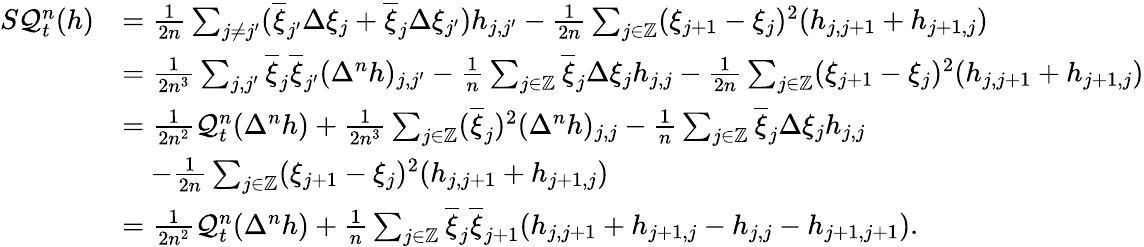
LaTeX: \begin{array}{rl}{S\mathcal{Q}_{t}^{n}(h)}&{=\frac{1}{2n}\sum_{j\neq j^{\prime}}(\overline{{\xi}}_{j^{\prime}}\Delta\xi_{j}+\overline{{\xi}}_{j}\Delta\xi_{j^{\prime}})h_{j,j^{\prime}}-\frac{1}{2n}\sum_{j\in\mathbb{Z}}(\xi_{j+1}-\xi_{j})^{2}(h_{j,j+1}+h_{j+1,j})}\\ &{=\frac{1}{2n^{3}}\sum_{j,j^{\prime}}\overline{{\xi}}_{j}\overline{{\xi}}_{j^{\prime}}(\Delta^{n}h)_{j,j^{\prime}}-\frac{1}{n}\sum_{j\in\mathbb{Z}}\overline{{\xi}}_{j}\Delta\xi_{j}h_{j,j}-\frac{1}{2n}\sum_{j\in\mathbb{Z}}(\xi_{j+1}-\xi_{j})^{2}(h_{j,j+1}+h_{j+1,j})}\\ &{=\frac{1}{2n^{2}}\mathcal{Q}_{t}^{n}(\Delta^{n}h)+\frac{1}{2n^{3}}\sum_{j\in\mathbb{Z}}(\overline{{\xi}}_{j})^{2}(\Delta^{n}h)_{j,j}-\frac{1}{n}\sum_{j\in\mathbb{Z}}\overline{{\xi}}_{j}\Delta\xi_{j}h_{j,j}}\\ &{\quad-\frac{1}{2n}\sum_{j\in\mathbb{Z}}(\xi_{j+1}-\xi_{j})^{2}(h_{j,j+1}+h_{j+1,j})}\\ &{=\frac{1}{2n^{2}}\mathcal{Q}_{t}^{n}(\Delta^{n}h)+\frac{1}{n}\sum_{j\in\mathbb{Z}}\overline{{\xi}}_{j}\overline{{\xi}}_{j+1}(h_{j,j+1}+h_{j+1,j}-h_{j,j}-h_{j+1,j+1}).}\end{array}